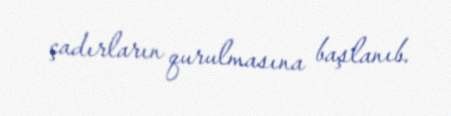
çadırların qurulmasına başlanıb.